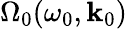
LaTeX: \Omega_{0}(\omega_{0},\mathbf{k}_{0})